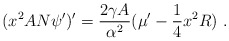
\begin{align*}(x^2 AN \psi')' = \frac{2\gamma A}{\alpha^2} ({\mu'} -{1\over 4} x^2R)\ .\end{align*}